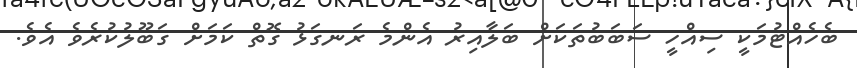
ބެހެއްޓުމަކީ ސިއްހީ ސަބަބުތަކަށް ބަލާއިރު އެންމެ ރަނގަޅު ގޮތް ކަމަށް ގަބޫލުކުރެވެ އެވެ.